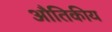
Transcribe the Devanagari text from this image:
औतिकीय